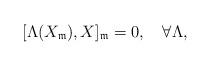
LaTeX: \begin{align*}[\Lambda(X_\mathfrak{m}),X]_\mathfrak{m}=0,\quad\forall \Lambda,\end{align*}